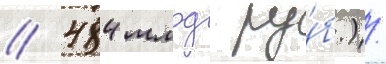
/ 484 млрд ру́б.).